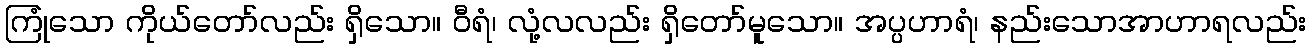
ကြုံသော ကိုယ်တော်လည်း ရှိသော။ ဝီရံ၊ လုံ့လလည်း ရှိတော်မူသော။ အပ္ပဟာရံ၊ နည်းသောအာဟာရလည်း